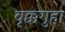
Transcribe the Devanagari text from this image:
वृक्कगुहा